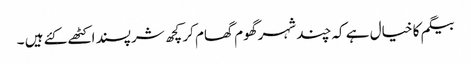
بیگم کا خیال ہے کہ چند شہر گھوم گھام کر کچھ شرپسند اکٹھے کئے ہیں ۔